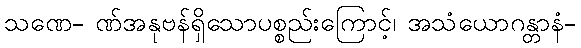
သဏေ- ဏ်အနုဗန်ရှိသောပစ္စည်းကြောင့်၊ အသံယောဂန္တာနံ-